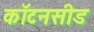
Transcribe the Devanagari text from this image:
कॉटनसीड